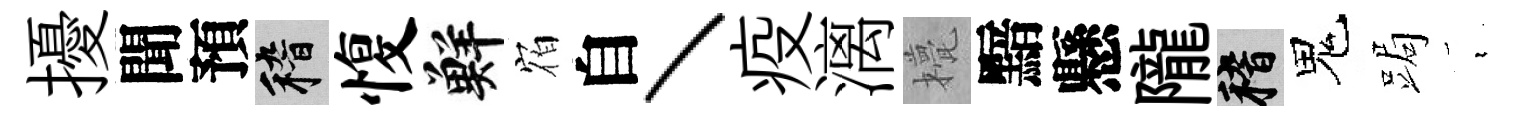
擾聞預稽愎鮮𪧐自丶疫漓甍黯懸隴稽鬼跼裊